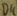
Text: D4